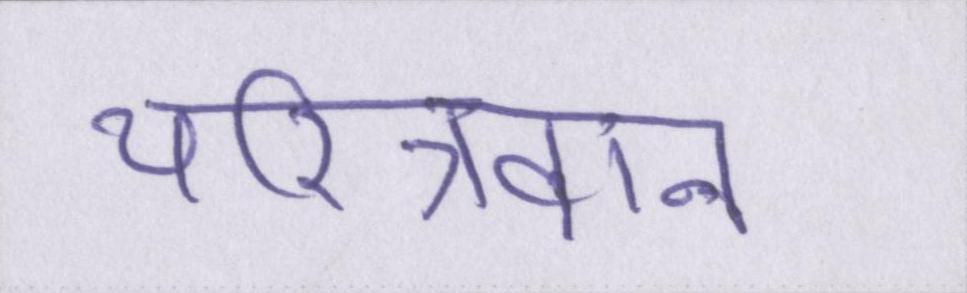
चरित्रवान